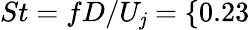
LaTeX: St=fD/U_{\mathit{j}}=\{ 0.23